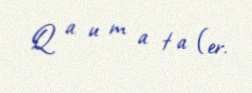
Q a u m a t a (er.